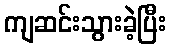
ကျဆင်းသွားခဲ့ပြီး